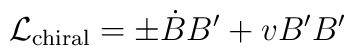
{\cal L}_{\rm chiral} = \pm \dot{B} B' + v B' B'